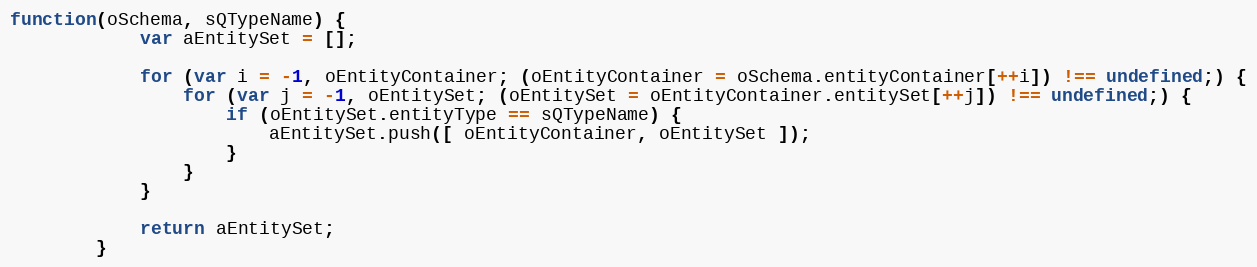
Language: JavaScript
function(oSchema, sQTypeName) {
			var aEntitySet = [];

			for (var i = -1, oEntityContainer; (oEntityContainer = oSchema.entityContainer[++i]) !== undefined;) {
				for (var j = -1, oEntitySet; (oEntitySet = oEntityContainer.entitySet[++j]) !== undefined;) {
					if (oEntitySet.entityType == sQTypeName) {
						aEntitySet.push([ oEntityContainer, oEntitySet ]);
					}
				}
			}

			return aEntitySet;
		}